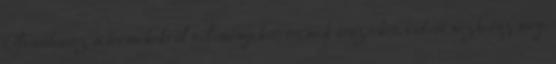
Olvashatsz a termékekről véleményeket, termék teszteket, videót nézhetsz meg,